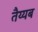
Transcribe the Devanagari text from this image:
तैय्यब